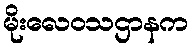
မိုးလေဝသဌာနက